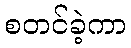
စတင်ခဲ့ကာ